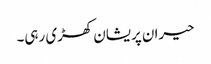
حیران پریشان کھڑی رہی۔